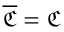
\overline { { \mathfrak { C } } } = \mathfrak { C }